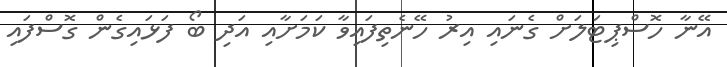
އޭނާ ހޮސްޕިޓަލަށް ގެނައި އިރު ހޭނެތިފައިވާ ކަމަށާއި އަދި ބޯ ފަޅައިގެން ގޮސްފައި